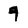
Character: 9